Scottish Leaving Certificate Examination, 1956
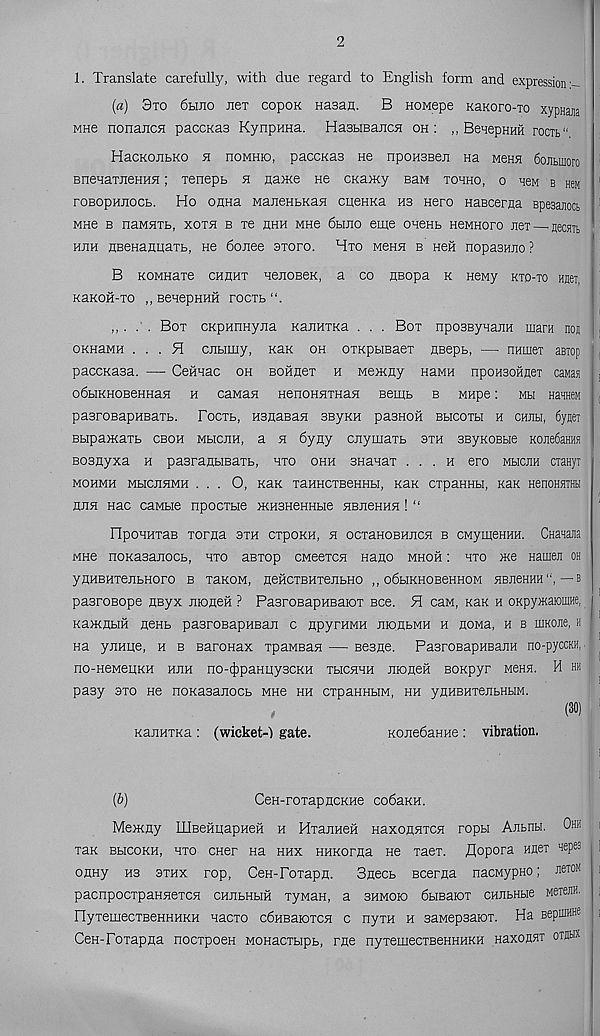
2
1. Translate carefully, with due regard to English form and expression-
(a) 3to 6hjio nex copoK Hasan. B Howepe KaKoro-To xypnajia
MHe nonancH paccKas KynpHHa. HasuBancH oh: ,, BenepHHH rocib"
HacKOJibKO h noMHio, paccKas He nponsBen Ha MeHH 6ojibii]oro
BnenaTneHHH; xenepb h na>Ke He CKamy Ban tohho, o hbm b Hen
roBopHJiocb. Ho onna MaJieHbKan cueHKa hs Hero HaBcerna Bpesanoct
MHe b naMHTb, xoth b xe hhh mhb 6bmo eme ouenb newHoro nex—-aecsm,
huh HBeHanuaxb, He donee axoro. Hxo mchh b Heh nopasHJio ?
B KOMnaxe chhhx uenoBeK, a co nsopa k HeMy kto-to Hnei,
KaKOH-xo ,, BeuepHHH rocxb“.
. Box CKpunnyna KanuxKa . . . Box nposBynajiH mara non
OKHaMH ... 91 cjibimy, Kan oh oxKpbmaex flBepb, — namex aeiop
paccKasa. —- Ceftnac oh Bohnex h Mewny Hawn npoHsoHnei caMaa
odbiKHOBeKHan h caMan HenoHHXHan semb b MHpe: mh HaaneM
pasroBapHBaxb. Focxb, HsnaBaH SByKH pasnoH bbicoxh h chjm, tysex
Bbipamaxb cboh mhcjih, a h 6yny cjiymaxb sxh BByKOBbie KonefiaHHa
Bosnyxa h pasranHBaxb, hxo ohh snanax ... a ero mhcjih ciaHyr
MOHMH MbICJIHMH ... 0, KaK XaHHCXBeHHbl, KaK CXpaHHbl, KUK HenOHSITHkI
hjih nac cawbie npocxbie JKHSHeHHbie HBjieHHH ! “
FIpoHHxaB xorna sxh cxpoKH, h ocxaHOBHJiCH b CMymeHHH. CHaqaaa
MHe noKasanocb, hxo aBxop CMeexcn nano mhoh : hxo nee Hamen oh
yflHBHXejIbHOrO B XaKOM, neHCXBHXeJlbHO „ 06bIKH0BeHH0M HBJieHHH — b
pasroBope HByx JiioneH ? PasroBapHBaiox Bee. H caM, KaK h oKpymaioinHe,
Ka>KHbiH neHb pasroBapHBan c apyrHMH moHbMH h noMa, h b uiKOJie, h
na yjiHHe, h b Baronax xpaMBan — Beane. PasroBapuBajiH no-pyccKH,
no-neMeiHKH hjih no-(f)paHHy3CKH xhchhh moneH sonpyr Mena. H hh
pasy 3xo He noKasanocb MHe hh cxpaHHbiM, hh ynHBHxejibHbiM.
,
(30)
KajiHXKa : (wicket-1 gate.
KonedaHHC: vibration.
(&)
Cen-roxapncKHe codaKH.
Mexony IllBeHHapHeH h HxajiHeh HaxonsixcH ropbi Antnu. Ohii
xaK BbicoKH, hxo oner Ha hhx HHKorna He xaex. flopora Hflex aepes
oxiHy hs 3xhx rop, CeH-Poxapfl.
Snecb Bcerna nacnypHO; *tom
pacnpocxpaHHexcH ohjibhuh xyMan, a shmoio dbrnaiox CHJibHbie MeTeffl.
IlyxemecxBeHHHKH nacxo cdHBaioxcH c nyxH h saMepsaiox. Ha BepfflH*
CeH-Poxapua noexpoen MOHacxbipb, rne nyxemecxBeHHHKH Haxonax orfltK